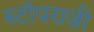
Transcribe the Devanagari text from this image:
स्टॉपराज़ी